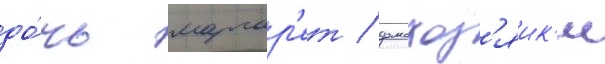
до́чь маргар'ет / домохоз'яик'и